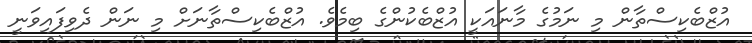
އުޒްބެކިސްތާން މި ނަމުގެ މާނައަކީ އުޒްބެކުންގެ ބިމެވެ. އުޒްބެކިސްތާނަށް މި ނަން ދެވިފައިވަނީ